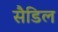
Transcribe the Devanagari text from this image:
सैडिल